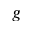
g